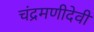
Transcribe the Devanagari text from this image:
चंद्रमणीदेवी